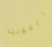
الكونت